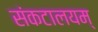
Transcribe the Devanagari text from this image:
संकटालयम्